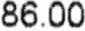
86.00